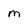
Character: m